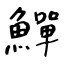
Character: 鱓